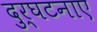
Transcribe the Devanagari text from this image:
दुर्घटनाए